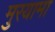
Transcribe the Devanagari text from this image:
मुरयामा